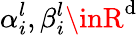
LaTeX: \alpha_{i}^{l},\beta_{i}^{l}\inR^{\mathrm{d}}